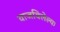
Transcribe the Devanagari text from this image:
वाजविलेल्या